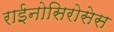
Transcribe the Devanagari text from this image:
राईनोसिरोसेस